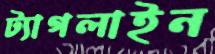
ট্যাগলাইন